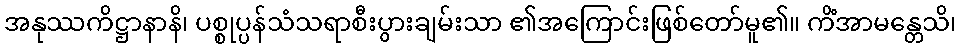
အနုဿကိဋ္ဌာနာနိ၊ ပစ္စုပ္ပန်သံသရာစီးပွားချမ်းသာ ၏အကြောင်းဖြစ်တော်မူ၏။ ကိံအာမန္တေသိ၊